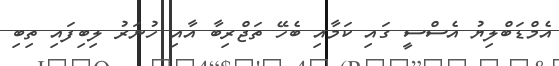
އެމްޑަބްލިޔު އެސްސީ ގައި ކަމާއި ބެހޭ ތަޖްރިބާ އާއި ހުނަރު ލިބިފައި ތިބި